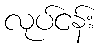
လုပ်ငန်း